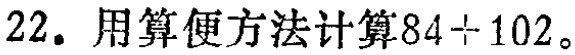
22. 用算便方法计算\(84 + 102\)。